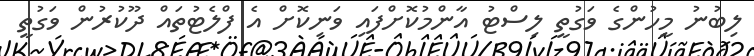
ލިބުނު މީހުންގެ ވަގުތީ ލިސްޓު އާންމުކޮށްފައި ވަނިކޮށް އެ ފްލެޓުތައް ދޫކުރުން ވަގުތީ